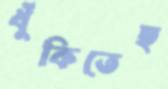
ধুঁকিতেছ